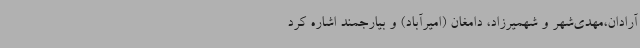
آرادان،مهدی‌شهر و شهمیرزاد، دامغان (امیرآباد) و بیارجمند اشاره کرد